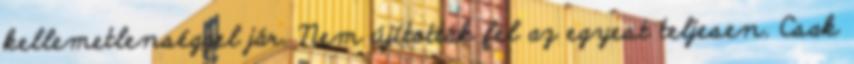
kellemetlenséggel jár. Nem újították fel az egyest teljesen. Csak